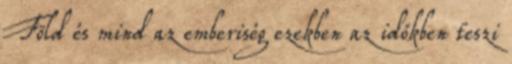
Föld és mind az emberiség ezekben az időkben teszi